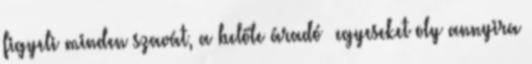
figyeli minden szavát, a belőle áradó –egyeseket oly annyira